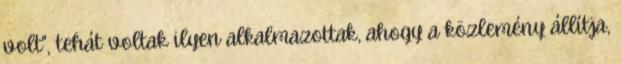
volt", tehát voltak ilyen alkalmazottak, ahogy a közlemény állítja,